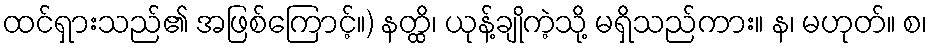
ထင်ရှားသည်၏ အဖြစ်ကြောင့်။) နတ္ထိ၊ ယုန့်ချိုကဲ့သို့ မရှိသည်ကား။ န၊ မဟုတ်။ စ၊